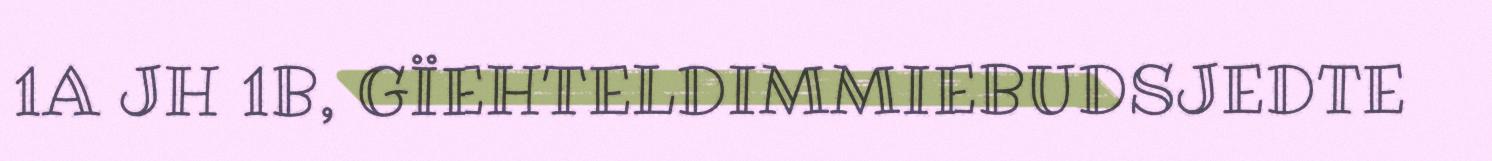
1A JH 1B, GÏEHTELDIMMIEBUDSJEDTE